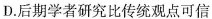
D.后期学者研究比传统观点可信